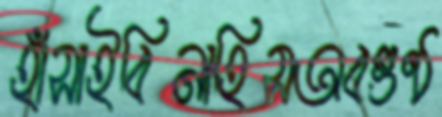
হাঁসাইবিনাহিসঅবগুণ্ঠ